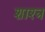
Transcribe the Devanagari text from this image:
शाश्त्र